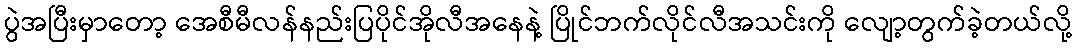
ပွဲအပြီးမှာတော့ အေစီမီလန်နည်းပြပိုင်အိုလီအနေနဲ့ ပြိုင်ဘက်လိုင်လီအသင်းကို လျော့တွက်ခဲ့တယ်လို့